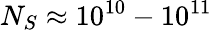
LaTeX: N_{S}\approx 10^{10}-10^{11}